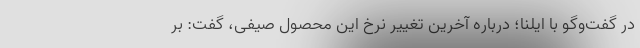
در گفت‌وگو با ایلنا؛ درباره آخرین تغییر نرخ این محصول صیفی، گفت: بر